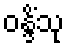
ဝန္ဒိံသု